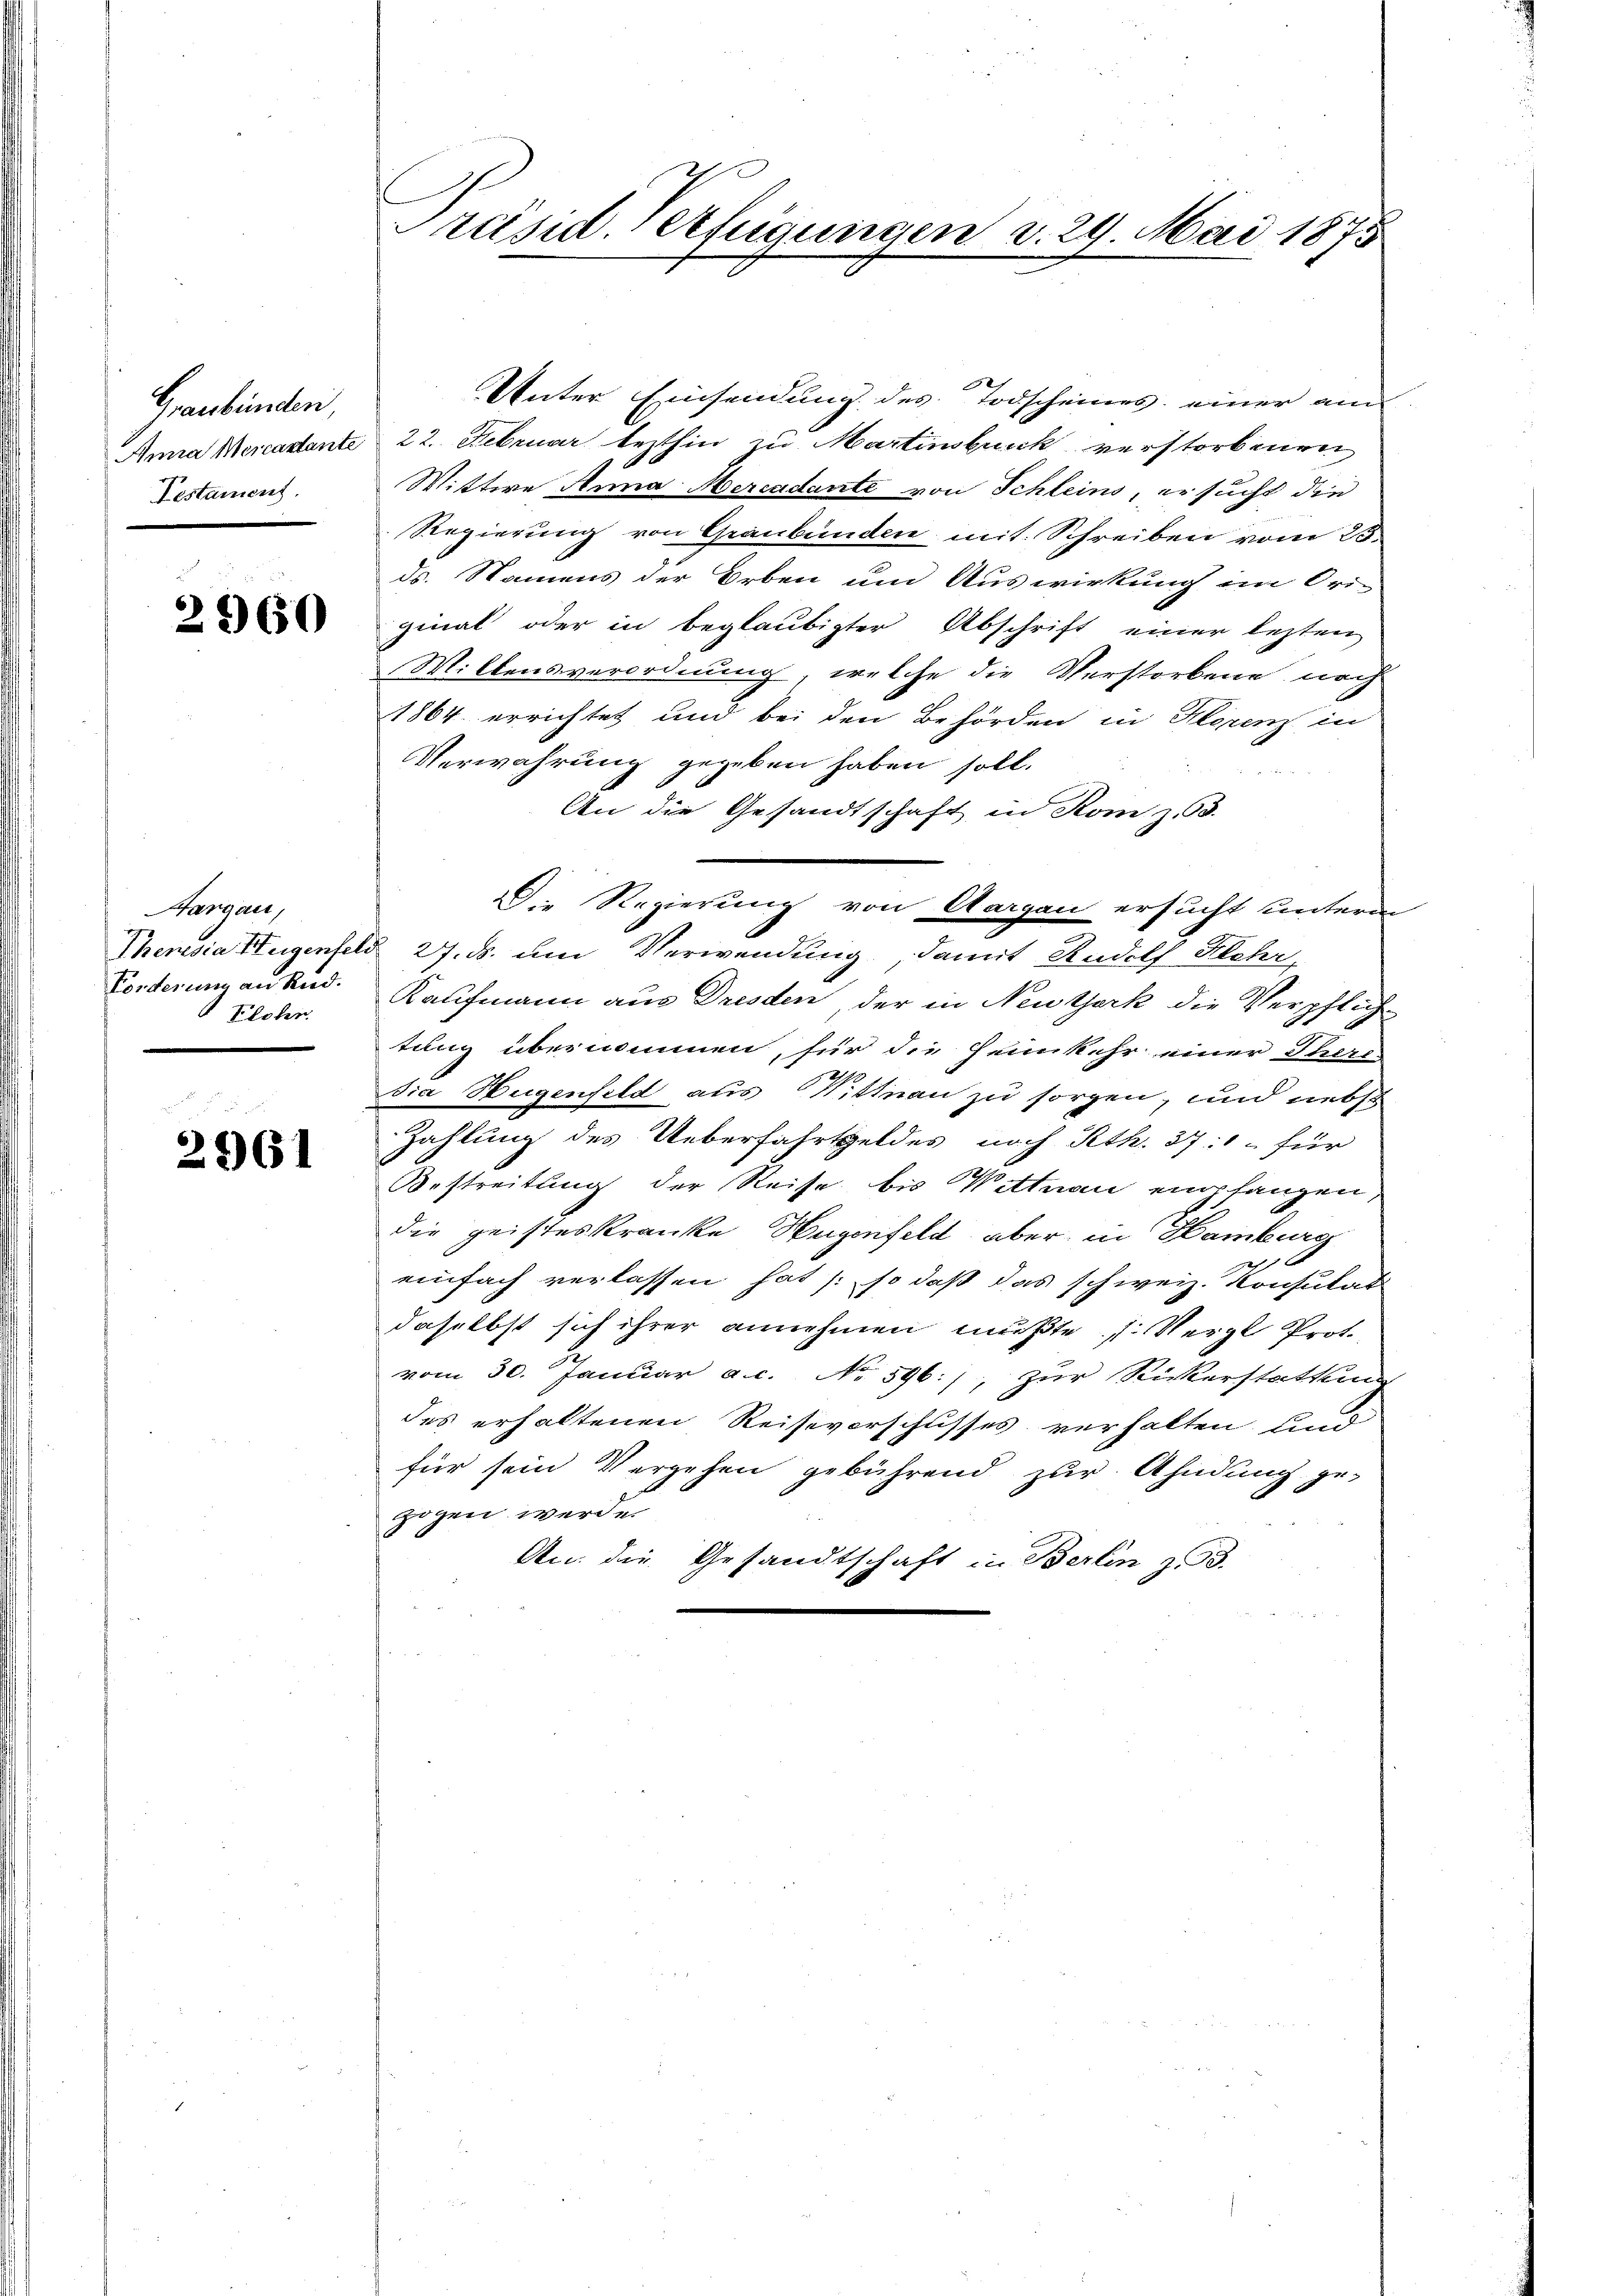
Graubünden,
Anna Mercastante
Testament.

2960

Hargau
Theresia Hugenfeld
Forderung an Rud.
Klober.

2961

Präsid Verfügungen v. 24 Mai 1875

Unter Einsendung des Todscheines einer am
22. Februar lezthin zu Martinsburck verstorbenen
Wittwe Anna Mercadante von Schleins, ersucht die
Regierung von Graubünden mit Schreiben vom 23.
ds. Namens der Orben und Auswirkung im Ori-
ginal oder in beglaubigter Abschrift einer lezten
Willensverordnung, welche die Verstorbene noch
1864 errichtet und bei den Behörden in Klerenz in
Verwahrung gegeben haben soll.

An die Gesandtschaft in Rom z. B.
27. ds. um Verwendung, damit Rudolf Hehr,
Kaufmann aus Dresden, der in Neuzerk die Verpflich
tung übernommen, für die Heimkehr einer Theri-
b
Dia Hugenfeld aus Wittnau zu sorgen, und nebst
Zahlung des Ueberfahrtgeldes nach Peth. 371 für
Bestreitung der Reise bis Wittnau empfangen,
die geisteskranke Hugenfeld, aber in Hamburg
einfach verlassen hat /: so daß das schweiz. Konsulat
daselbst sich ihrer annehmen mußte (Vergl. Prof.
vom 30. Januar a.c. No 596), zur Rickerstattung
des erhaltenen Reiseverschusses verhalten und
für sein Vergehen gebührend zŭr Ahndung ge-
zogen werde.
An die Gesandtschaft in Berlin z. 3.

Die Regierung von Aargau ersucht untern